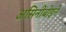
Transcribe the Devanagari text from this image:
असिनीबोइने